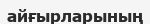
айғырларының